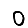
Digit: 0